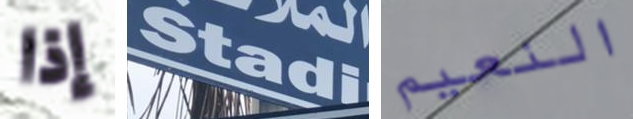
إذا Stadi النعيم